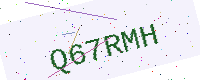
Text: Q67RMH